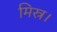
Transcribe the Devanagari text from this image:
मिस्र।